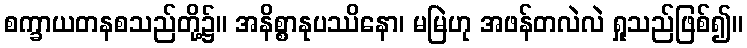
စက္ခာယတနစသည်တို့၌။ အနိစ္စာနုပဿိနော၊ မမြဲဟု အဖန်တလဲလဲ ရှုသည်ဖြစ်၍။